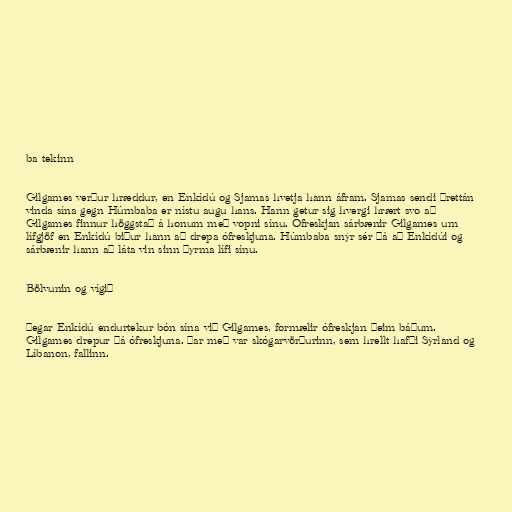
ba tekinn

Gilgames verður hræddur, en Enkídú og Sjamas hvetja hann áfram. Sjamas sendi þrettán
vinda sína gegn Húmbaba er nístu augu hans. Hann getur sig hvergi hrært svo að
Gilgames finnur höggstað á honum með vopni sínu. Ófreskjan sárbænir Gilgames um
lífgjöf en Enkídú biður hann að drepa ófreskjuna. Húmbaba snýr sér þá að Enkídúi og
sárbænir hann að láta vin sinn þyrma lífi sínu.

Bölvunin og vígið

Þegar Enkídú endurtekur bón sína við Gilgames, formælir ófreskjan þeim báðum.
Gilgames drepur þá ófreskjuna. Þar með var skógarvörðurinn, sem hrellt hafði Sýrland og
Líbanon, fallinn.